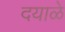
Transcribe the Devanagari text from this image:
दयाळे